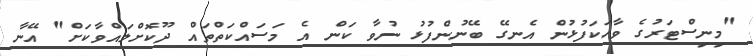
"މިނިސްޓަރުގެ ވާހަކަފުޅުން އެނގޭ ބޭނުންފުޅު ނުވާ ކަން އެ މަސައްކަތްތައް ދޫކޮށްލައްވާކަށް" އޭނާ